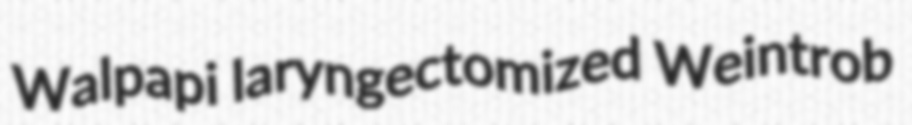
Walpapi laryngectomized Weintrob